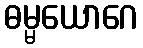
ဓမ္မယောဂေ